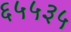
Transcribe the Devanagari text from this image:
६५५३५